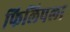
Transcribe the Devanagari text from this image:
फिलिपला